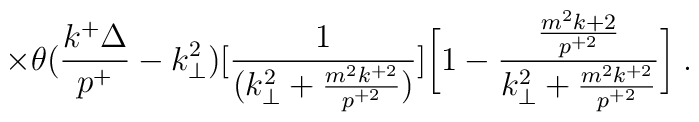
\times \theta({k^+\Delta \over p^+}-k_\perp^2)\bigl[ {{1} \over {(k_\perp^2+{m^2k^{+2} \over p^{+2}}})} \bigr] \biggl[ 1 - {{m^2k{+2} \over p^{+2}} \over{k_\perp^2 +{m^2k^{+2} \over p^{+2}}}} \biggr] \;.